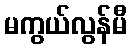
မကွယ်လွန်မီ